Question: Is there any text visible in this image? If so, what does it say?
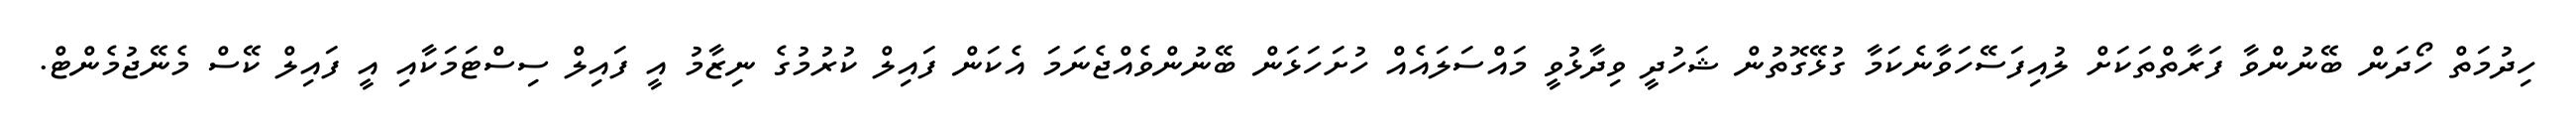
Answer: ހިދުމަތް ހޯދަން ބޭނުންވާ ފަރާތްތަކަށް ލުއިފަސޭހަވާނެކަމާ ގުޅޭގޮތުން ޝަހުދީ ވިދާޅުވީ މައްސަލައެއް ހުށަހަޅަން ބޭނުންވެއްޖެނަމަ އެކަން ފައިލް ކުރުމުގެ ނިޒާމު އީ ފައިލް ސިސްޓަމަކާއި އީ ފައިލް ކޭސް މެނޭޖުމެންޓް.